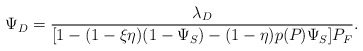
\begin{align*}\Psi_D = \frac{\lambda_D}{[1-(1-\xi\eta)(1-\Psi_S)-(1-\eta)p(P_{})\Psi_S]P_F}.\end{align*}